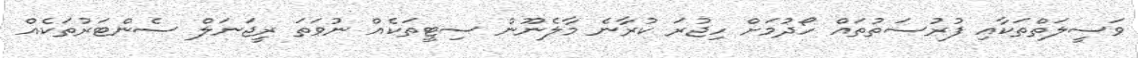
ވަސީލަތްތަކާއި ފުރުސަތުތައް ހޯދުމަށް ހިޖުރަ ކުރާނެ މާލެނޫން ސިޓީތަކެއް ނުވަތަ ރީޖަނަލް ސެންޓަރުތަކެއް